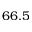
6 6 . 5